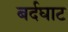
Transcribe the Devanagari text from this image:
बर्दघाट